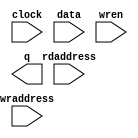
// megafunction wizard: %RAM: 2-PORT%VBB%
// GENERATION: STANDARD
// VERSION: WM1.0
// MODULE: altsyncram 

// ============================================================
// Megafunction Name(s):
// 			altsyncram
//
// Simulation Library Files(s):
// 			altera_mf
// ============================================================
// ************************************************************
// THIS IS A WIZARD-GENERATED FILE. DO NOT EDIT THIS FILE!
//
// 21.1.0 Build 842 10/21/2021 SJ Lite Edition
// ************************************************************

//Copyright (C) 2021  Intel Corporation. All rights reserved.
//Your use of Intel Corporation's design tools, logic functions 
//and other software and tools, and any partner logic 
//functions, and any output files from any of the foregoing 
//(including device programming or simulation files), and any 
//associated documentation or information are expressly subject 
//to the terms and conditions of the Intel Program License 
//Subscription Agreement, the Intel Quartus Prime License Agreement,
//the Intel FPGA IP License Agreement, or other applicable license
//agreement, including, without limitation, that your use is for
//the sole purpose of programming logic devices manufactured by
//Intel and sold by Intel or its authorized distributors.  Please
//refer to the applicable agreement for further details, at
//https://fpgasoftware.intel.com/eula.

module res_ram (
	clock,
	data,
	rdaddress,
	wraddress,
	wren,
	q);

	input	  clock;
	input	[7:0]  data;
	input	[13:0]  rdaddress;
	input	[13:0]  wraddress;
	input	  wren;
	output	[7:0]  q;
`ifndef ALTERA_RESERVED_QIS
// synopsys translate_off
`endif
	tri1	  clock;
	tri0	  wren;
`ifndef ALTERA_RESERVED_QIS
// synopsys translate_on
`endif

endmodule

// ============================================================
// CNX file retrieval info
// ============================================================
// Retrieval info: PRIVATE: ADDRESSSTALL_A NUMERIC "0"
// Retrieval info: PRIVATE: ADDRESSSTALL_B NUMERIC "0"
// Retrieval info: PRIVATE: BYTEENA_ACLR_A NUMERIC "0"
// Retrieval info: PRIVATE: BYTEENA_ACLR_B NUMERIC "0"
// Retrieval info: PRIVATE: BYTE_ENABLE_A NUMERIC "0"
// Retrieval info: PRIVATE: BYTE_ENABLE_B NUMERIC "0"
// Retrieval info: PRIVATE: BYTE_SIZE NUMERIC "8"
// Retrieval info: PRIVATE: BlankMemory NUMERIC "1"
// Retrieval info: PRIVATE: CLOCK_ENABLE_INPUT_A NUMERIC "0"
// Retrieval info: PRIVATE: CLOCK_ENABLE_INPUT_B NUMERIC "0"
// Retrieval info: PRIVATE: CLOCK_ENABLE_OUTPUT_A NUMERIC "0"
// Retrieval info: PRIVATE: CLOCK_ENABLE_OUTPUT_B NUMERIC "0"
// Retrieval info: PRIVATE: CLRdata NUMERIC "0"
// Retrieval info: PRIVATE: CLRq NUMERIC "0"
// Retrieval info: PRIVATE: CLRrdaddress NUMERIC "0"
// Retrieval info: PRIVATE: CLRrren NUMERIC "0"
// Retrieval info: PRIVATE: CLRwraddress NUMERIC "0"
// Retrieval info: PRIVATE: CLRwren NUMERIC "0"
// Retrieval info: PRIVATE: Clock NUMERIC "0"
// Retrieval info: PRIVATE: Clock_A NUMERIC "0"
// Retrieval info: PRIVATE: Clock_B NUMERIC "0"
// Retrieval info: PRIVATE: IMPLEMENT_IN_LES NUMERIC "0"
// Retrieval info: PRIVATE: INDATA_ACLR_B NUMERIC "0"
// Retrieval info: PRIVATE: INDATA_REG_B NUMERIC "0"
// Retrieval info: PRIVATE: INIT_FILE_LAYOUT STRING "PORT_B"
// Retrieval info: PRIVATE: INIT_TO_SIM_X NUMERIC "0"
// Retrieval info: PRIVATE: INTENDED_DEVICE_FAMILY STRING "Cyclone V"
// Retrieval info: PRIVATE: JTAG_ENABLED NUMERIC "0"
// Retrieval info: PRIVATE: JTAG_ID STRING "NONE"
// Retrieval info: PRIVATE: MAXIMUM_DEPTH NUMERIC "0"
// Retrieval info: PRIVATE: MEMSIZE NUMERIC "131072"
// Retrieval info: PRIVATE: MEM_IN_BITS NUMERIC "0"
// Retrieval info: PRIVATE: MIFfilename STRING ""
// Retrieval info: PRIVATE: OPERATION_MODE NUMERIC "2"
// Retrieval info: PRIVATE: OUTDATA_ACLR_B NUMERIC "0"
// Retrieval info: PRIVATE: OUTDATA_REG_B NUMERIC "1"
// Retrieval info: PRIVATE: RAM_BLOCK_TYPE NUMERIC "0"
// Retrieval info: PRIVATE: READ_DURING_WRITE_MODE_MIXED_PORTS NUMERIC "2"
// Retrieval info: PRIVATE: READ_DURING_WRITE_MODE_PORT_A NUMERIC "3"
// Retrieval info: PRIVATE: READ_DURING_WRITE_MODE_PORT_B NUMERIC "3"
// Retrieval info: PRIVATE: REGdata NUMERIC "1"
// Retrieval info: PRIVATE: REGq NUMERIC "1"
// Retrieval info: PRIVATE: REGrdaddress NUMERIC "1"
// Retrieval info: PRIVATE: REGrren NUMERIC "1"
// Retrieval info: PRIVATE: REGwraddress NUMERIC "1"
// Retrieval info: PRIVATE: REGwren NUMERIC "1"
// Retrieval info: PRIVATE: SYNTH_WRAPPER_GEN_POSTFIX STRING "0"
// Retrieval info: PRIVATE: USE_DIFF_CLKEN NUMERIC "0"
// Retrieval info: PRIVATE: UseDPRAM NUMERIC "1"
// Retrieval info: PRIVATE: VarWidth NUMERIC "0"
// Retrieval info: PRIVATE: WIDTH_READ_A NUMERIC "8"
// Retrieval info: PRIVATE: WIDTH_READ_B NUMERIC "8"
// Retrieval info: PRIVATE: WIDTH_WRITE_A NUMERIC "8"
// Retrieval info: PRIVATE: WIDTH_WRITE_B NUMERIC "8"
// Retrieval info: PRIVATE: WRADDR_ACLR_B NUMERIC "0"
// Retrieval info: PRIVATE: WRADDR_REG_B NUMERIC "0"
// Retrieval info: PRIVATE: WRCTRL_ACLR_B NUMERIC "0"
// Retrieval info: PRIVATE: enable NUMERIC "0"
// Retrieval info: PRIVATE: rden NUMERIC "0"
// Retrieval info: LIBRARY: altera_mf altera_mf.altera_mf_components.all
// Retrieval info: CONSTANT: ADDRESS_ACLR_B STRING "NONE"
// Retrieval info: CONSTANT: ADDRESS_REG_B STRING "CLOCK0"
// Retrieval info: CONSTANT: CLOCK_ENABLE_INPUT_A STRING "BYPASS"
// Retrieval info: CONSTANT: CLOCK_ENABLE_INPUT_B STRING "BYPASS"
// Retrieval info: CONSTANT: CLOCK_ENABLE_OUTPUT_B STRING "BYPASS"
// Retrieval info: CONSTANT: INTENDED_DEVICE_FAMILY STRING "Cyclone V"
// Retrieval info: CONSTANT: LPM_TYPE STRING "altsyncram"
// Retrieval info: CONSTANT: NUMWORDS_A NUMERIC "16384"
// Retrieval info: CONSTANT: NUMWORDS_B NUMERIC "16384"
// Retrieval info: CONSTANT: OPERATION_MODE STRING "DUAL_PORT"
// Retrieval info: CONSTANT: OUTDATA_ACLR_B STRING "NONE"
// Retrieval info: CONSTANT: OUTDATA_REG_B STRING "CLOCK0"
// Retrieval info: CONSTANT: POWER_UP_UNINITIALIZED STRING "FALSE"
// Retrieval info: CONSTANT: READ_DURING_WRITE_MODE_MIXED_PORTS STRING "DONT_CARE"
// Retrieval info: CONSTANT: WIDTHAD_A NUMERIC "14"
// Retrieval info: CONSTANT: WIDTHAD_B NUMERIC "14"
// Retrieval info: CONSTANT: WIDTH_A NUMERIC "8"
// Retrieval info: CONSTANT: WIDTH_B NUMERIC "8"
// Retrieval info: CONSTANT: WIDTH_BYTEENA_A NUMERIC "1"
// Retrieval info: USED_PORT: clock 0 0 0 0 INPUT VCC "clock"
// Retrieval info: USED_PORT: data 0 0 8 0 INPUT NODEFVAL "data[7..0]"
// Retrieval info: USED_PORT: q 0 0 8 0 OUTPUT NODEFVAL "q[7..0]"
// Retrieval info: USED_PORT: rdaddress 0 0 14 0 INPUT NODEFVAL "rdaddress[13..0]"
// Retrieval info: USED_PORT: wraddress 0 0 14 0 INPUT NODEFVAL "wraddress[13..0]"
// Retrieval info: USED_PORT: wren 0 0 0 0 INPUT GND "wren"
// Retrieval info: CONNECT: @address_a 0 0 14 0 wraddress 0 0 14 0
// Retrieval info: CONNECT: @address_b 0 0 14 0 rdaddress 0 0 14 0
// Retrieval info: CONNECT: @clock0 0 0 0 0 clock 0 0 0 0
// Retrieval info: CONNECT: @data_a 0 0 8 0 data 0 0 8 0
// Retrieval info: CONNECT: @wren_a 0 0 0 0 wren 0 0 0 0
// Retrieval info: CONNECT: q 0 0 8 0 @q_b 0 0 8 0
// Retrieval info: GEN_FILE: TYPE_NORMAL res_ram.v TRUE
// Retrieval info: GEN_FILE: TYPE_NORMAL res_ram.inc FALSE
// Retrieval info: GEN_FILE: TYPE_NORMAL res_ram.cmp FALSE
// Retrieval info: GEN_FILE: TYPE_NORMAL res_ram.bsf FALSE
// Retrieval info: GEN_FILE: TYPE_NORMAL res_ram_inst.v FALSE
// Retrieval info: GEN_FILE: TYPE_NORMAL res_ram_bb.v TRUE
// Retrieval info: LIB_FILE: altera_mf